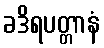
ခဒိရပတ္တာနံ